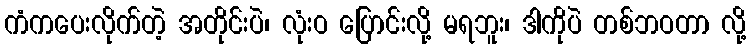
ကံကပေးလိုက်တဲ့ အတိုင်းပဲ၊ လုံးဝ ပြောင်းလို့ မရဘူး၊ ဒါကိုပဲ တစ်ဘဝတာ လို့